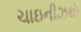
ચાઇનીઝથી